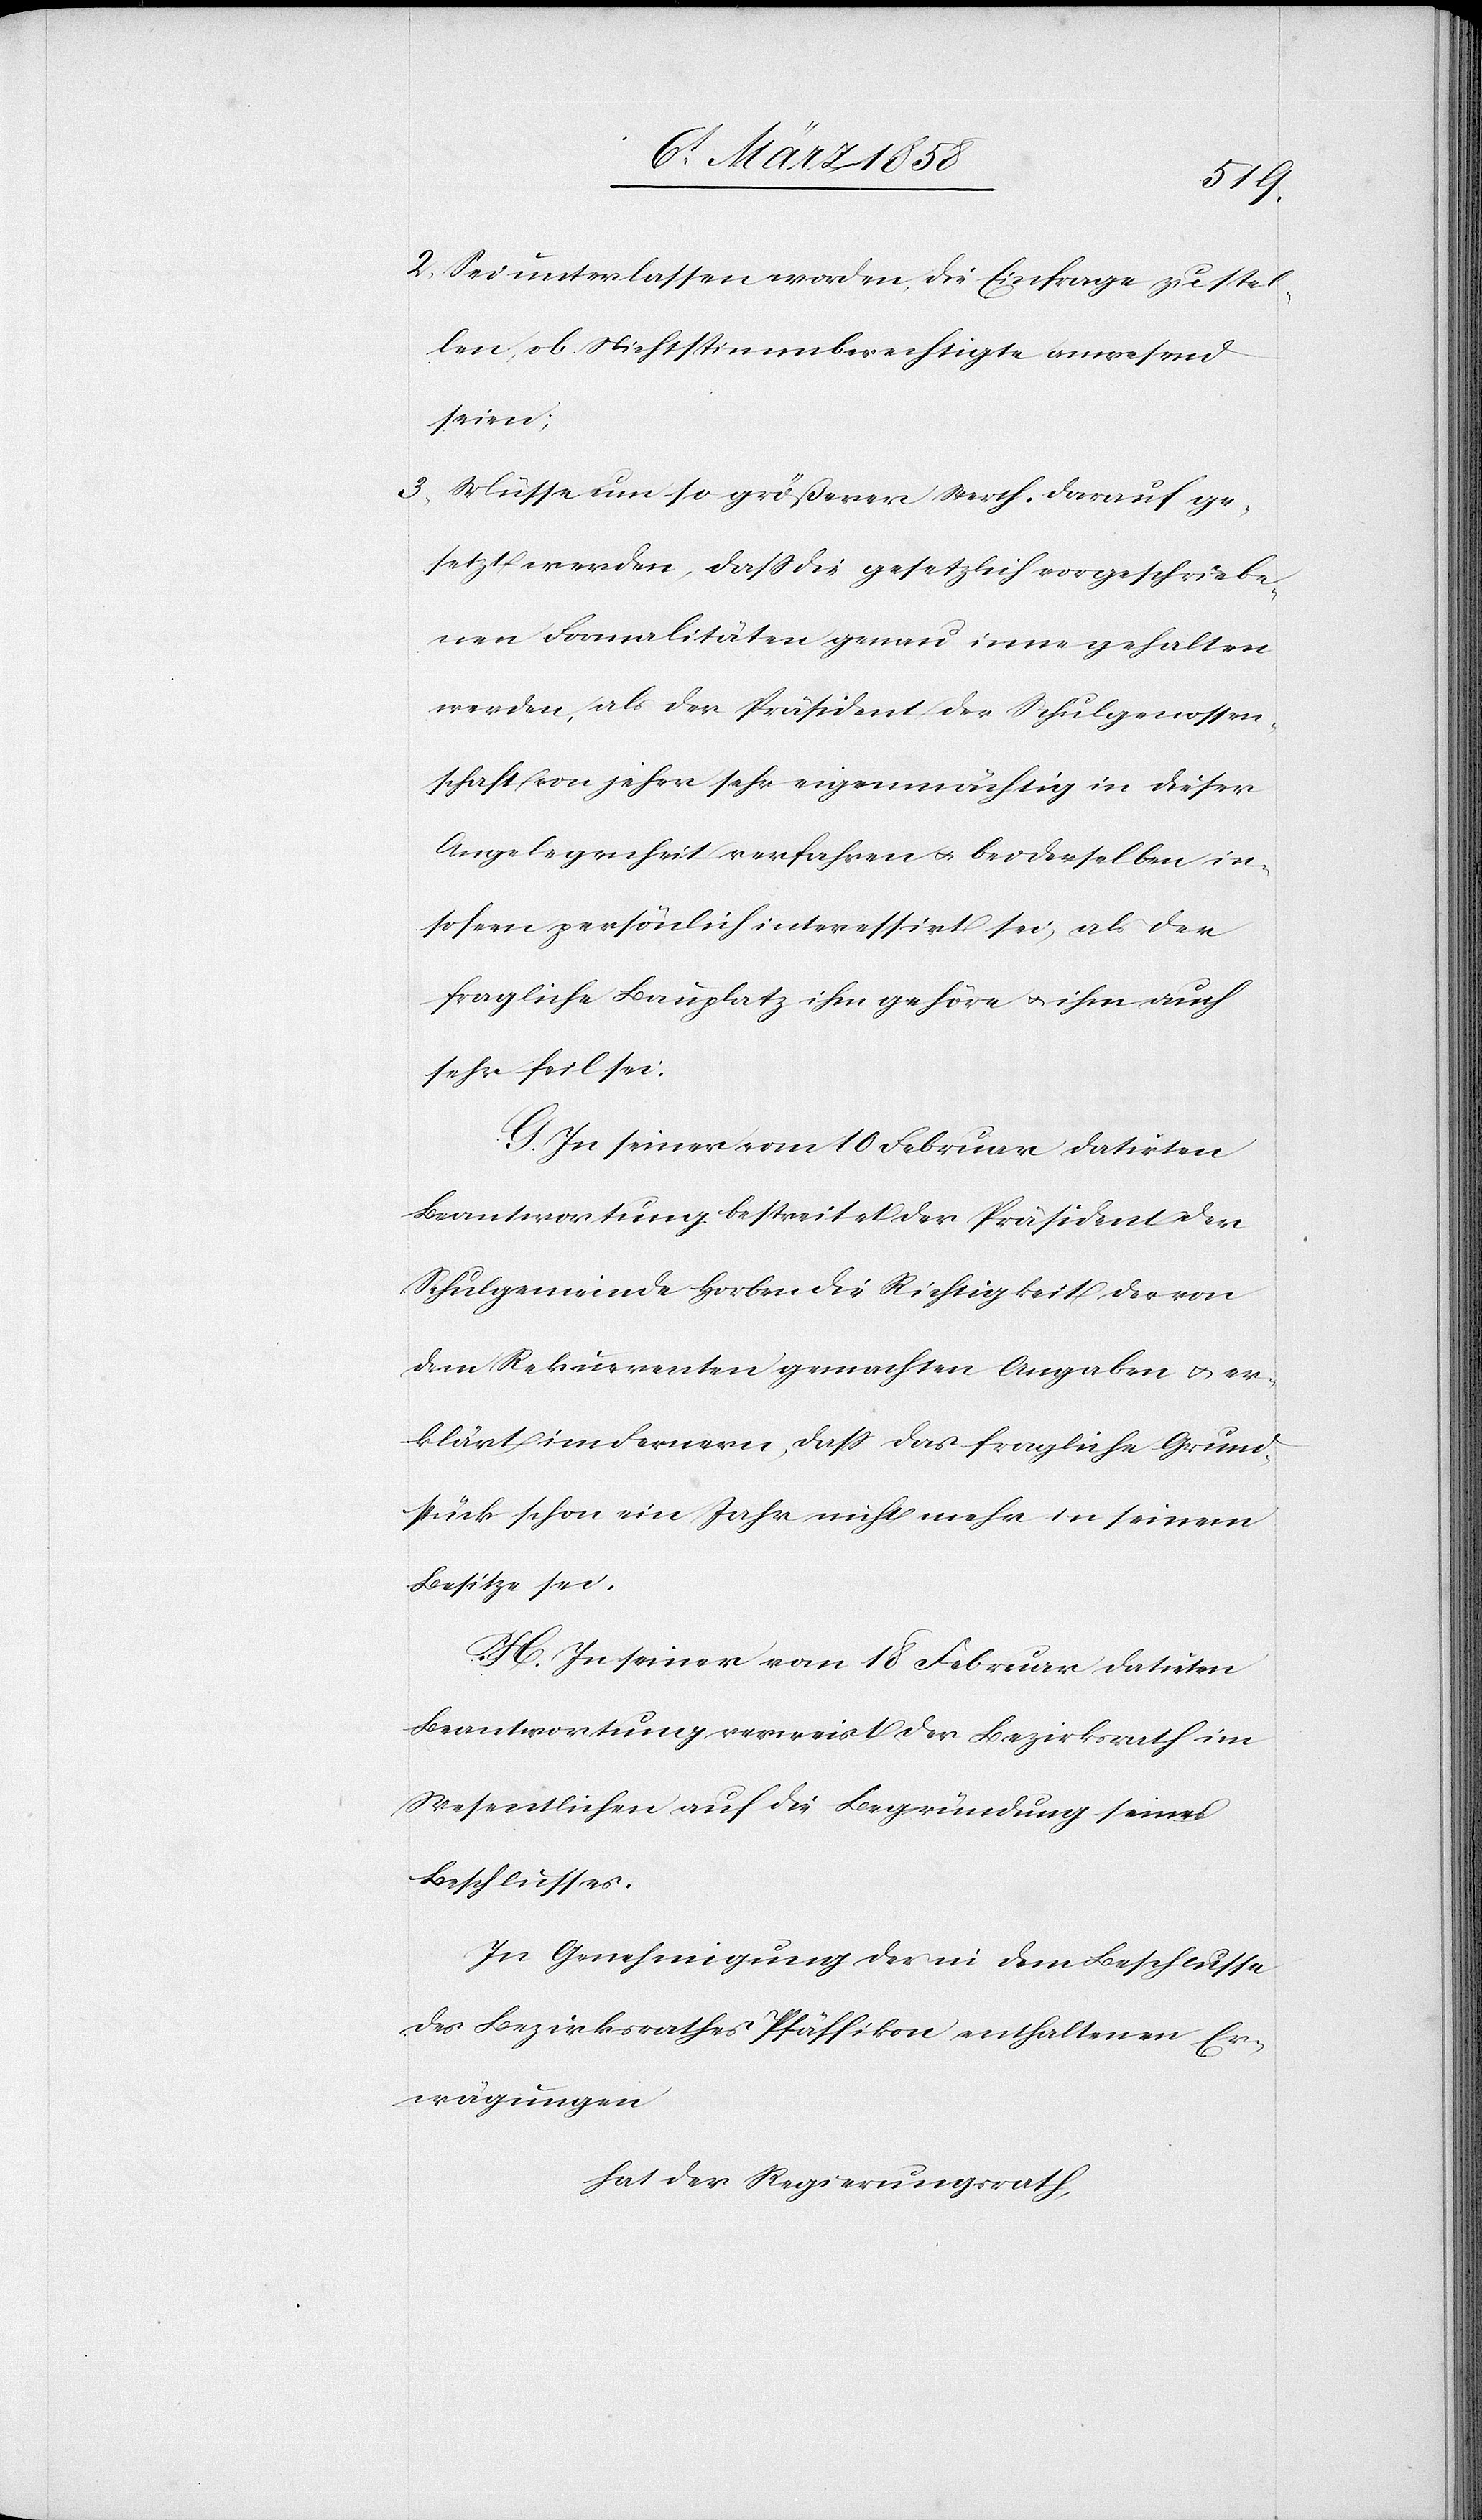
2. Sei unterlassen worden, die Einfrage zu stel¬
len, ob Nichtstimmberechtigte anwesend
seien;
3. Müsse um so größerer Werth darauf ge¬
setzt werden, daß die gesetzlich vorgeschriebe¬
nen Formalitäten genau inne gehalten
werden, als der Präsident der Schulgenossen¬
schaft von jeher sehr eigenmächtig in di[e]ser
Angelegenheit verfahren & bei derselben in¬
sofern persönlich interessirt sei, als der
fragliche Bauplatz ihm gehöre & ihm auch
sehr feil sei.
G. In seiner vom 10. Februar datirten
Beantwortung bestreitet der Präsident der
Schulgemeinde Horben die Richtigkeit der von
dem Rekurrenten gemachten Angaben & er¬
klärt im Fernern, daß das fragliche Grund¬
stück schon ein Jahr nicht mehr in seinem
Besitze sei.
H. In seiner vom 18. Februar datirten
Beantwortung verweist der Bezirksrath im
Wesentlichen auf die Begründung seines
Beschlusses.
In Genehmigung des in dem Beschlusse
des Bezirksrathes Pfäffikon enthaltenen Er¬
wägungen
hat der Regierungsrath,